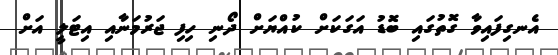
އެނގިފައިވާ ގޮތުގައި ބޮޑު އަގަކަށް ކުއްޔަށް ދޯނި ހިފި ޖަރުމަނާއި އިޓަލީ އަށް